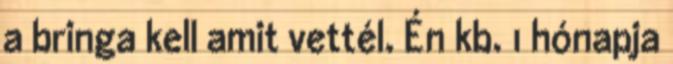
a bringa kell amit vettél. Én kb. 1 hónapja